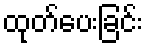
ထုတ်ပေးခြင်း